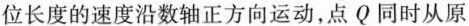
位长度的速度沿数轴正方向运动，点Q同时从原